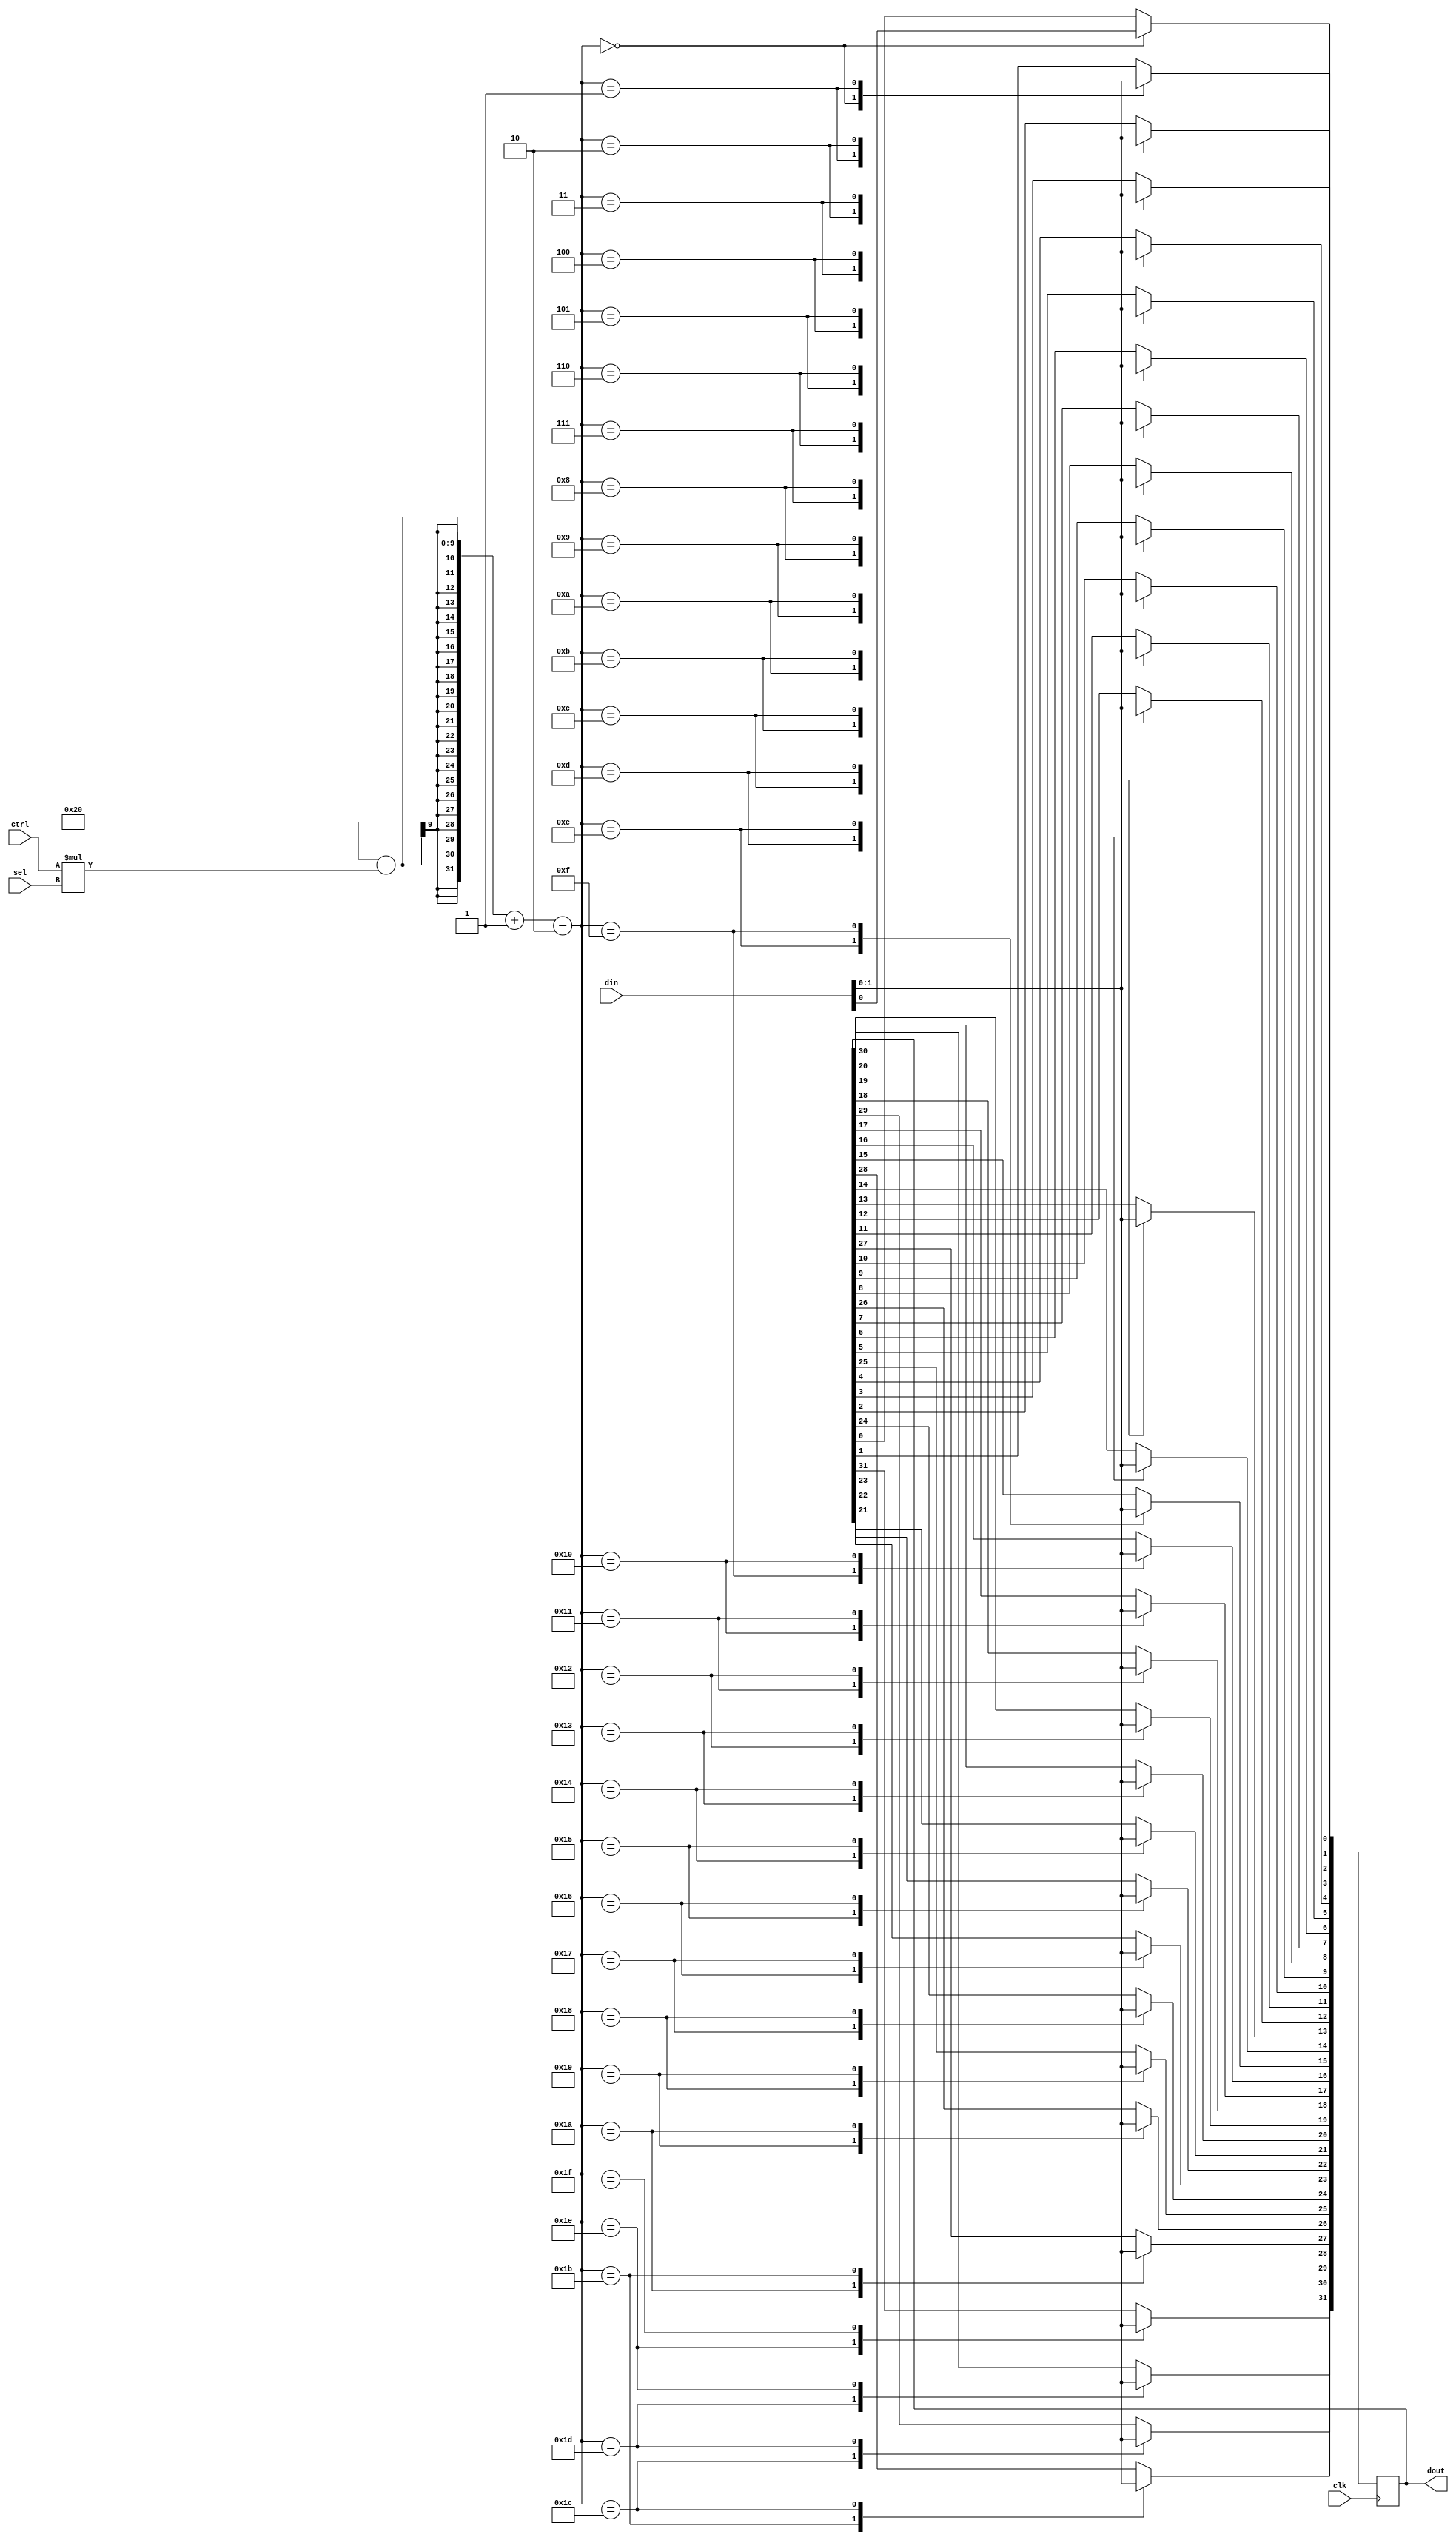
module reversed_gate (clk, ctrl, din, sel, dout);
   input clk;
   input [4:0] ctrl;
   input [15:0] din;
   input [3:0] 	sel;
   output reg [31:0] dout;
   always @(posedge clk)
     case ((({(32)-((ctrl)*(sel))})+(1))-(2))
       0:
         dout[1:0] <= din;
       1:
         dout[2:1] <= din;
       2:
         dout[3:2] <= din;
       3:
         dout[4:3] <= din;
       4:
         dout[5:4] <= din;
       5:
         dout[6:5] <= din;
       6:
         dout[7:6] <= din;
       7:
         dout[8:7] <= din;
       8:
         dout[9:8] <= din;
       9:
         dout[10:9] <= din;
       10:
         dout[11:10] <= din;
       11:
         dout[12:11] <= din;
       12:
         dout[13:12] <= din;
       13:
         dout[14:13] <= din;
       14:
         dout[15:14] <= din;
       15:
         dout[16:15] <= din;
       16:
         dout[17:16] <= din;
       17:
         dout[18:17] <= din;
       18:
         dout[19:18] <= din;
       19:
         dout[20:19] <= din;
       20:
         dout[21:20] <= din;
       21:
         dout[22:21] <= din;
       22:
         dout[23:22] <= din;
       23:
         dout[24:23] <= din;
       24:
         dout[25:24] <= din;
       25:
         dout[26:25] <= din;
       26:
         dout[27:26] <= din;
       27:
         dout[28:27] <= din;
       28:
         dout[29:28] <= din;
       29:
         dout[30:29] <= din;
       30:
         dout[31:30] <= din;
       31:
         dout[31:31] <= din;
     endcase
endmodule